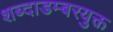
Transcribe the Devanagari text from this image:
शब्दाडम्बरयुक्त